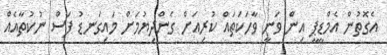
އެގޮތުން އެމްޑީޕީ އިން ވަނީ ވާހަކަތައް ކުރިއަށް ގެންދިޔުމަށް މައިގަނޑު ފަސް ނުކުތާއެއް